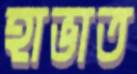
হাভাত